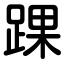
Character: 踝